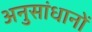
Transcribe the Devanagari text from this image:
अनुसांधानों